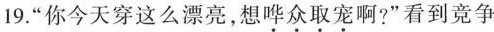
19.”你今天穿这么漂亮，想哗众取宠啊?”看到竞争